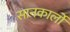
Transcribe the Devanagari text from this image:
सानकार्लो